system: You are a helpful assistant.
user:
Analyze the provided spectrum to determine if it is a **M-type Giant (gM)**.

A M-type Giant spectrum is defined by its **strong molecular absorption** features, particularly from **Titanium Oxide (TiO)**. You must check for one of the following mutually exclusive signatures:

- **Key Visual Indicators (Absorption-Dominated Spectrum):**

    - **(Primary):** The spectrum is dominated by strong molecular absorption from **Titanium Oxide (TiO)**. This is the **defining feature** of its M-type temperature class.
        - **(Key Bandheads):** Look for sharp, "saw-tooth" absorption valleys. The strongest are located near **~7050 Å**, **~6160 Å**, and **~5170 Å**.
        - **(Line Profile):** The "saw-tooth" morphology is critical: a **sharp, steep drop on the BLUE (short-wavelength) side** of the bandhead, followed by a gradual recovery (rising flux) towards the RED (long-wavelength) side.

    - **(Key Confirmation - Giant vs. Dwarf):** **ABSENCE** of strong **Calcium Hydride (CaH)** molecular bands. This is the primary diagnostic for *excluding* M-dwarfs.
        - **(Key Region):** The spectrum should lack the strong, broad absorption band seen in dwarfs between **~6800 Å and ~7000 Å**.

    - **(Secondary Confirmation - Giant):** A very strong and broad **Neutral Calcium (Ca I)** atomic absorption line.
        - **(Key Line):** Located at **~4226 Å**. In a giant (gM), this line is significantly deeper and broader than the same line in an M-dwarf (dM) due to low surface gravity.

    - **(Overall Spectrum):**
        - The continuum is **extremely red-sloping** (i.e., flux is very low in the blue and rises dramatically towards the red).
        - The entire spectrum appears "chopped up" by the deep TiO bands.

Think first, call **spectral_visualization_tool** if needed to examine features in detail, then provide your final answer. Your response must adhere to the following strict rules:
1.  **Overall Structure:** Your response must follow the format `<think>...</think> <tool_call>...</tool_call> (if a tool is used) <answer>...</answer>`.
2.  **Tool Usage Constraint:** You may only make **one** tool call per turn.
3.  **Final Answer Format:** In the `<answer>` tag, your conclusion must be inside a `\boxed{}` command (e.g., `\boxed{YES}` or `\boxed{NO}`), followed by your justification.

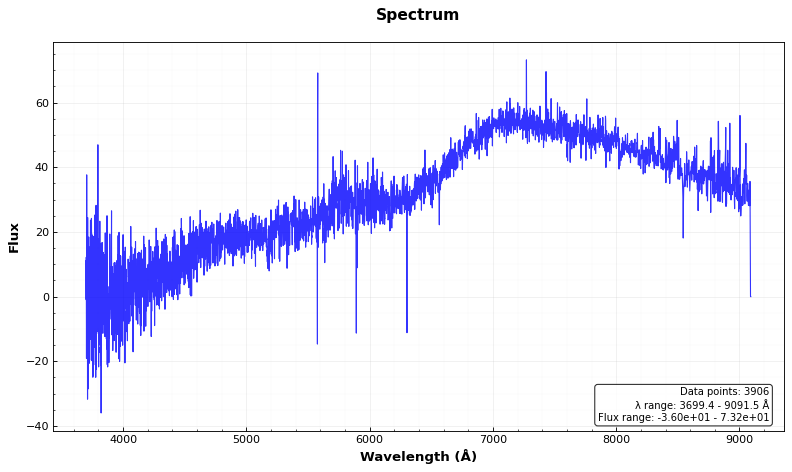
Answer: NO